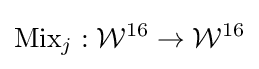
{\textrm {Mix}}_{j}:{\mathcal {W}}^{16}\rightarrow {\mathcal {W}}^{16}